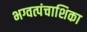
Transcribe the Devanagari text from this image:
भग्वत्पंचाशिका